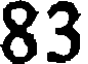
83